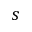
s